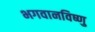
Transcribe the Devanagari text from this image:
भगवानविष्णु